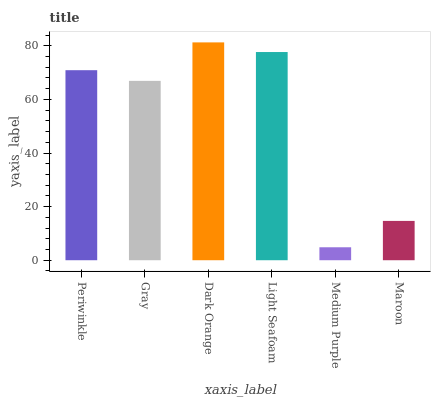
| xaxis_label | bars |
 | --- | --- |
 | Periwinkle | 70.9 |
 | Gray | 66.9 |
 | Dark Orange | 81.3 |
 | Light Seafoam | 77.7 |
 | Medium Purple | 4.84 |
 | Maroon | 14.7 |